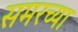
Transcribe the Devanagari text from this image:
समरच्या